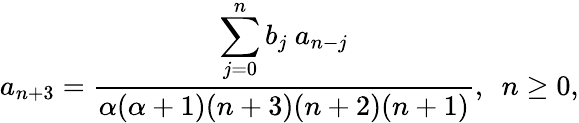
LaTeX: a_{n+3}=\frac{\displaystyle\sum_{j=0}^{n}b_{j}~a_{n-j}}{\alpha(\alpha+1)(n+3)(n+2)(n+1)},~~n\ge 0,